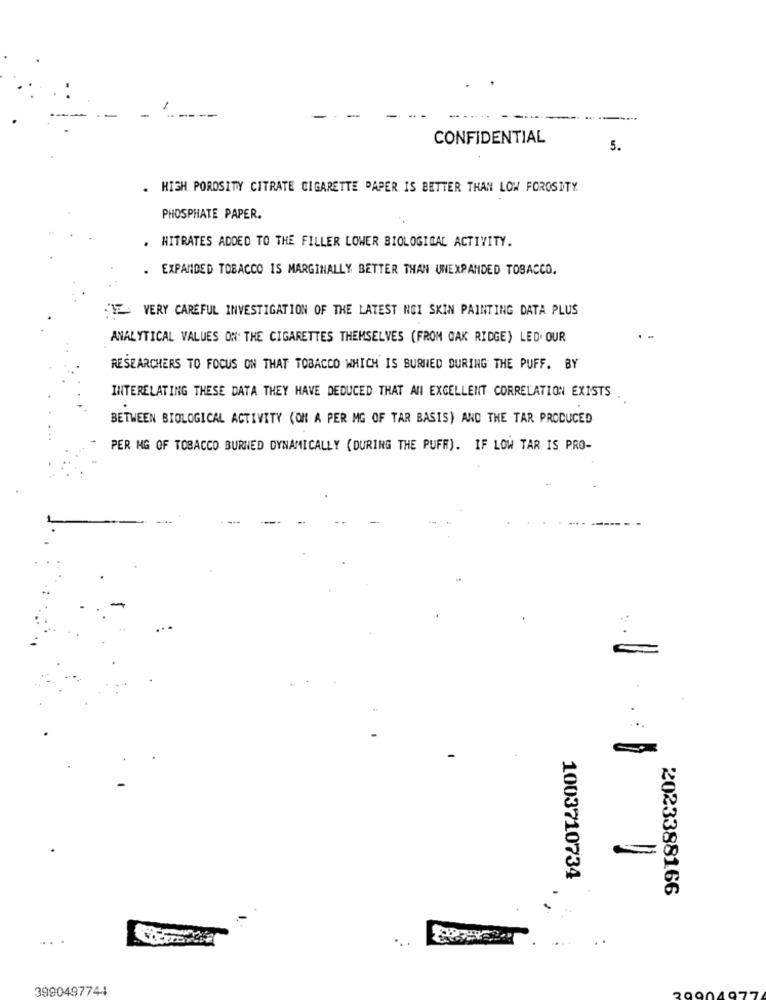
-
-
CONFIDENTIAL
5.
. HIGH POROSITY CITRATE CIGARETTE PAPER IS BETTER THAN LOW FOROSITY
PHOSPHATE PAPER.
. HITRATES ADDED TO THE FILLER LOWER BIOLOGICAL ACTIVITY.
. EXPANDED TOBACCO IS MARGINALLY BETTER THAN UNEXPANDED TOBACCO.
"IF VERY CAREFUL INVESTIGATION OF THE LATEST NOI SKIN PAINTING DATA PLUS
ANALYTICAL VALUES ON: THE CIGARETTES THEMSELVES (FROM OAK RIDGE) LED. OUR
RESEARCHERS TO FOCUS ON THAT TOBACCO WHICH IS BURNED DURING THE PUFF. BY
INTERELATING THESE DATA THEY HAVE DEDUCED THAT AN EXCELLENT CORRELATION EXISTS
BETWEEN BIOLOGICAL ACTIVITY (ON A PER MG OF TAR BASIS) AND THE TAR PRODUCED
PER MG OF TOBACCO BURNED DYNAMICALLY (DURING THE PUFF). IF LOW TAR IS PRO-
1003710734
2023388166
...
3990497744
20904977